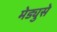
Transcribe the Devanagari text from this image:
मेड्युसे